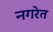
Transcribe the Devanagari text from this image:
नगरेत